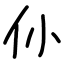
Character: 仦